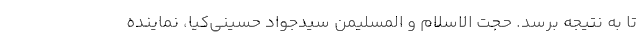
تا به نتیجه برسد. حجت الاسلام و المسلیمن سیدجواد حسینی‌کیا، نماینده